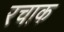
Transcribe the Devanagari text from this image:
रचाक